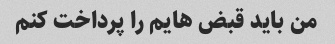
من باید قبض هایم را پرداخت کنم